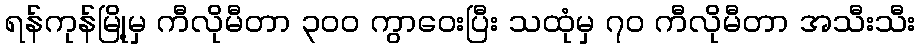
ရန်ကုန်မြို့မှ ကီလိုမီတာ ၃၀၀ ကွာဝေးပြီး သထုံမှ ၇၀ ကီလိုမီတာ အသီးသီး